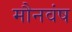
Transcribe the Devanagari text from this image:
मौनवंष